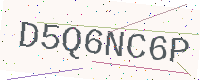
Text: D5Q6NC6P